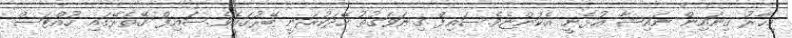
މިހާރު ގިނައިން ނައިޝާ އުޅެނީ އެކަންޏެވެ.ސައިފް ގިނަވަގުތު ހޭދަކުރަނީ ބޭރުގައެވެ.ސައިފް ގޭތެރޭގައި ހުއްޓަސް